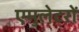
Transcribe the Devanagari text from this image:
एमुलेटरों